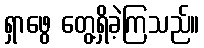
ရှာဖွေ တွေ့ရှိခဲ့ကြသည်။